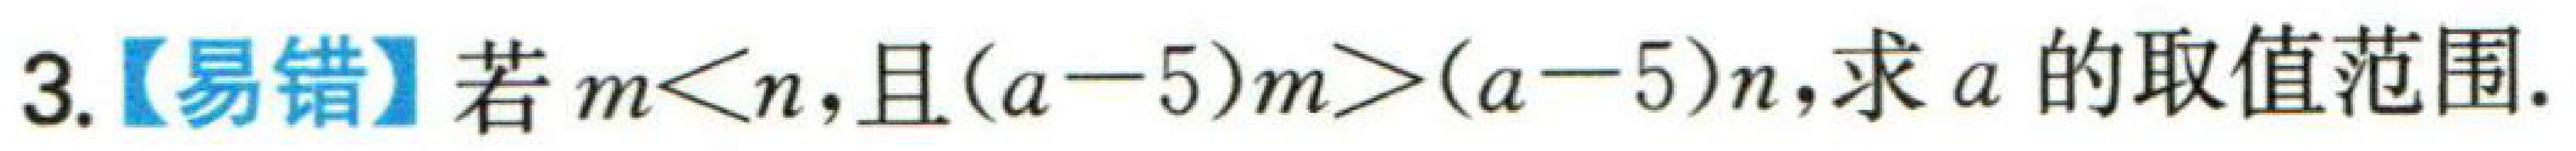
3.【易错】若$m < n$，且$(a - 5)m > (a - 5)n$，求$a$的取值范围.